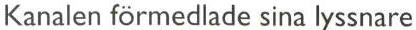
Kanalen förmedlade sina lyssnare